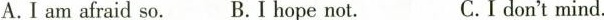
A.I am afraid so. B.I hope not. C.I don't mind. D.I don't think so.